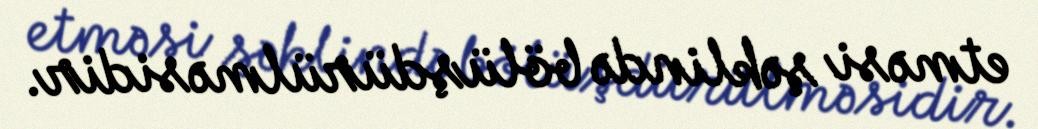
etməsi şəklində bölüşdürülməsidir.